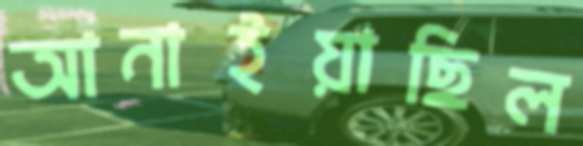
আনাইয়াছিল